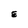
Character: E